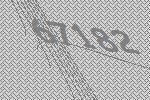
67182